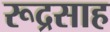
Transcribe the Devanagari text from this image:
रूद्रसाह